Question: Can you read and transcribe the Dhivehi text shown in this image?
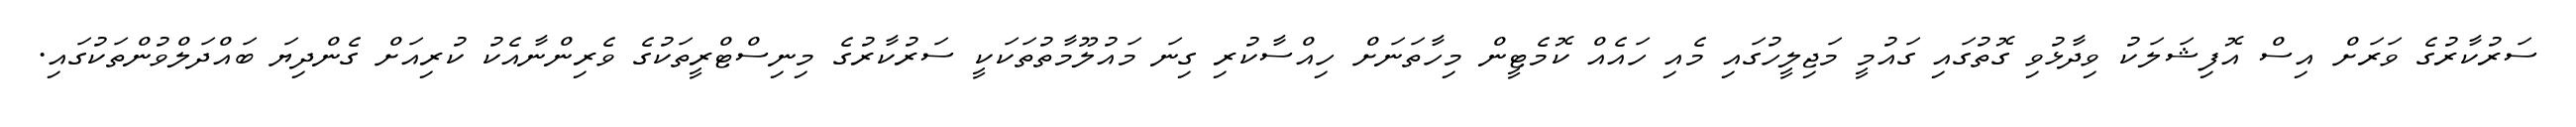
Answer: ސަރުކާރުގެ ވަރަށް އިސް އޮފިޝަލަކު ވިދާޅުވި ގޮތުގައި ގައުމީ މަޖިލީހުގައި މެއި ހައެއް ކޮމެޓީން މިހާތަނަށް ހިއްސާކުރި ގިނަ މައުލޫމާތުތަކަކީ ސަރުކާރުގެ މިނިސްޓްރީތަކުގެ ވެރިންނާއެކު ކުރިއަށް ގެންދިޔަ ބައްދަލްވުންތަކުގައި.